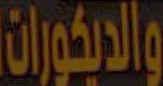
والديكورات